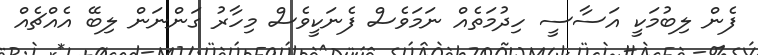
ފެން ލިބުމަކީ އަސާސީ ހިދުމަތެއް ނަމަވެސް ފެނަކީވެސް މިހާރު ގަންނަން ލިބޭ އެއްޗެއް